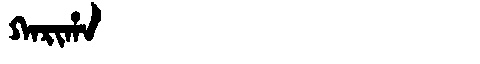
Manchu: ᡴᠠᡵᡳᡥᠠ
Romanization: KARIHA